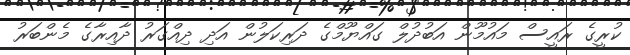
ކުރީގެ ރައީސް މައުމޫން އަބުދުލް ގައްޔޫމްގެ ދަރިކަލުން އަދި ދިއްގަރު ދާއިރާގެ މެންބަރު